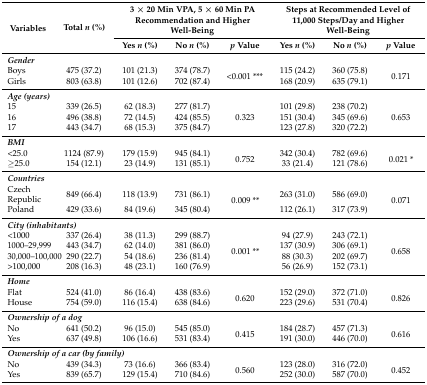
<table><thead><tr><td rowspan="2"><b>Variables</b></td><td rowspan="2"><b>Total <i>n</i> (%)</b></td><td colspan="3"><b>3 × 20 Min VPA, 5 × 60 Min PA Recommendation and Higher Well-Being</b></td><td colspan="3"><b>Steps at Recommended Level of 11,000 Steps/Day and Higher Well-Being</b></td></tr><tr><td><b>Yes <i>n</i> (%)</b></td><td><b>No <i>n</i> (%)</b></td><td><b><i>p</i> Value</b></td><td><b>Yes <i>n</i> (%)</b></td><td><b>No <i>n</i> (%)</b></td><td><b><i>p</i> Value</b></td></tr></thead><tbody><tr><td colspan="8"><b><i>Gender</i></b></td></tr><tr><td>Boys</td><td>475 (37.2)</td><td>101 (21.3)</td><td>374 (78.7)</td><td rowspan="2">&lt;0.001 ***</td><td>115 (24.2)</td><td>360 (75.8)</td><td rowspan="2">0.171</td></tr><tr><td>Girls</td><td>803 (63.8)</td><td>101 (12.6)</td><td>702 (87.4)</td><td>168 (20.9)</td><td>635 (79.1)</td></tr><tr><td colspan="8"><b><i>Age (years)</i></b></td></tr><tr><td>15 </td><td>339 (26.5)</td><td>62 (18.3)</td><td>277 (81.7)</td><td rowspan="3">0.323</td><td>101 (29.8)</td><td>238 (70.2)</td><td rowspan="3">0.653</td></tr><tr><td>16 </td><td>496 (38.8)</td><td>72 (14.5)</td><td>424 (85.5)</td><td>151 (30.4)</td><td>345 (69.6)</td></tr><tr><td>17</td><td>443 (34.7)</td><td>68 (15.3)</td><td>375 (84.7)</td><td>123 (27.8)</td><td>320 (72.2)</td></tr><tr><td colspan="8"><b><i>BMI</i></b></td></tr><tr><td>&lt;25.0</td><td>1124 (87.9)</td><td>179 (15.9)</td><td>945 (84.1)</td><td rowspan="2">0.752</td><td>342 (30.4)</td><td>782 (69.6)</td><td rowspan="2">0.021 *</td></tr><tr><td>≥25.0</td><td>154 (12.1)</td><td>23 (14.9)</td><td>131 (85.1)</td><td>33 (21.4)</td><td>121 (78.6)</td></tr><tr><td colspan="8"><b><i>Countries</i></b></td></tr><tr><td>Czech Republic</td><td>849 (66.4)</td><td>118 (13.9)</td><td>731 (86.1)</td><td rowspan="2">0.009 **</td><td>263 (31.0)</td><td>586 (69.0)</td><td rowspan="2">0.071</td></tr><tr><td>Poland</td><td>429 (33.6)</td><td>84 (19.6)</td><td>345 (80.4)</td><td>112 (26.1)</td><td>317 (73.9)</td></tr><tr><td colspan="8"><b><i>City (inhabitants)</i></b></td></tr><tr><td>&lt;1000</td><td>337 (26.4)</td><td>38 (11.3)</td><td>299 (88.7)</td><td rowspan="4">0.001 **</td><td>94 (27.9)</td><td>243 (72.1)</td><td rowspan="4">0.658</td></tr><tr><td>1000–29,999</td><td>443 (34.7)</td><td>62 (14.0)</td><td>381 (86.0)</td><td>137 (30.9)</td><td>306 (69.1)</td></tr><tr><td>30,000–100,000</td><td>290 (22.7)</td><td>54 (18.6)</td><td>236 (81.4)</td><td>88 (30.3)</td><td>202 (69.7)</td></tr><tr><td>˃100,000</td><td>208 (16.3)</td><td>48 (23.1)</td><td>160 (76.9)</td><td>56 (26.9)</td><td>152 (73.1)</td></tr><tr><td colspan="8"><b><i>Home</i></b></td></tr><tr><td>Flat</td><td>524 (41.0)</td><td>86 (16.4)</td><td>438 (83.6)</td><td rowspan="2">0.620</td><td>152 (29.0)</td><td>372 (71.0)</td><td rowspan="2">0.826</td></tr><tr><td>House</td><td>754 (59.0)</td><td>116 (15.4)</td><td>638 (84.6)</td><td>223 (29.6)</td><td>531 (70.4)</td></tr><tr><td colspan="8"><b><i>Ownership of a dog</i></b></td></tr><tr><td>No</td><td>641 (50.2)</td><td>96 (15.0)</td><td>545 (85.0)</td><td rowspan="2">0.415</td><td>184 (28.7)</td><td>457 (71.3)</td><td rowspan="2">0.616</td></tr><tr><td>Yes</td><td>637 (49.8)</td><td>106 (16.6)</td><td>531 (83.4)</td><td>191 (30.0)</td><td>446 (70.0)</td></tr><tr><td colspan="8"><b><i>Ownership of a car (by family)</i></b></td></tr><tr><td>No</td><td>439 (34.3)</td><td>73 (16.6)</td><td>366 (83.4)</td><td rowspan="2">0.560</td><td>123 (28.0)</td><td>316 (72.0)</td><td rowspan="2">0.452</td></tr><tr><td>Yes</td><td>839 (65.7)</td><td>129 (15.4)</td><td>710 (84.6)</td><td>252 (30.0)</td><td>587 (70.0)</td></tr></tbody></table>